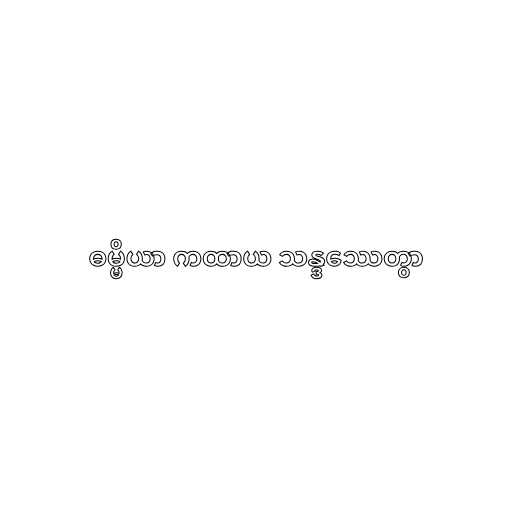
ဓမ္မိယာ ကထာယ သန္ဒဿေတွာ